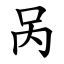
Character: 呙